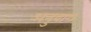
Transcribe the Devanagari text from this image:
अनुवाग